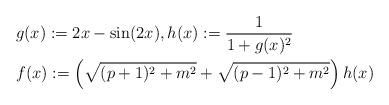
LaTeX: \begin{align*} & g(x) := 2x - \sin(2x), h(x) := \frac{1}{1+g(x)^2} \\ & f(x) := \left( \sqrt{(p+1)^2+m^2} + \sqrt{(p-1)^2 + m^2} \right) h(x) \end{align*}